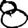
Digit: 8